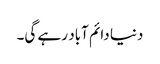
دنیا دائم آباد رہے گی۔